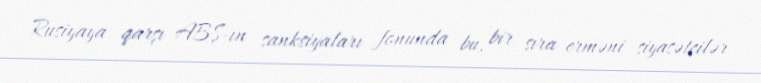
Rusiyaya qarşı ABŞ-ın sanksiyaları fonunda bu, bir sıra erməni siyasətçilər